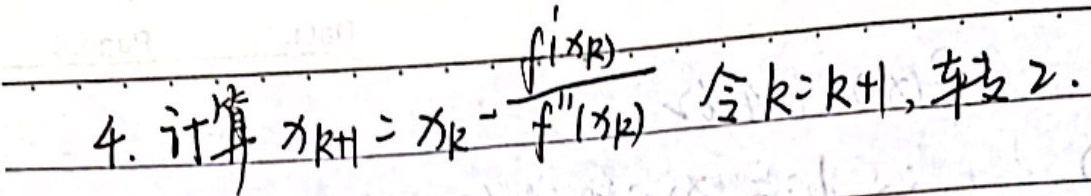
4. 计算 \(x_{k + 1}=x_{k}-\frac{f^{\prime}(x_{k})}{f^{\prime\prime}(x_{k})}\) 。令 \(k = k + 1\)，转2.